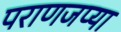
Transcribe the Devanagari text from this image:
पराणजप्या